Insane asylums in Bengal annual reports 1867-1875 - 1867-1875
Year: 1867
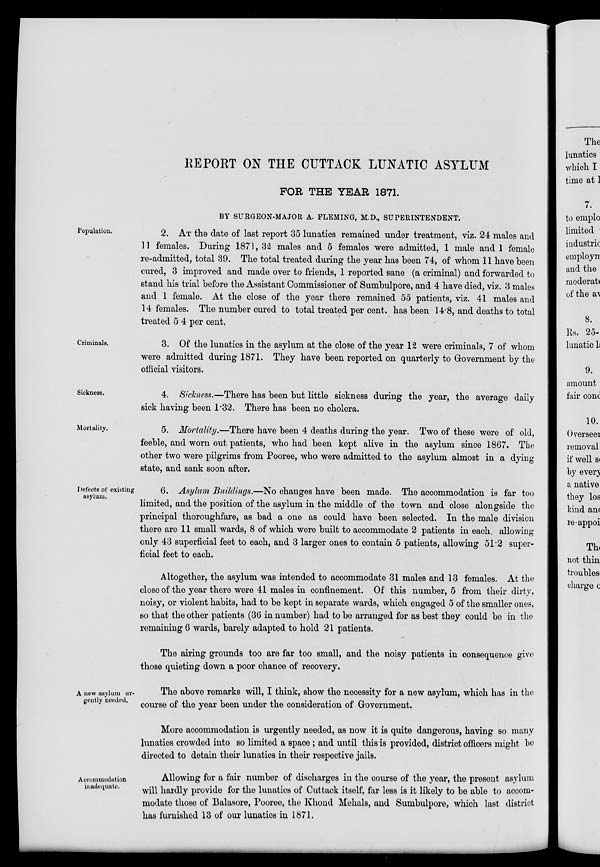
REPORT ON THE CUTTACK LUNATIC ASYLUM
FOR THE YEAR 1871.
BY SURGEON-MAJOR A. FLEMING, M.D., SUPERINTENDENT.
Population.
2. AT the date of last report 35 lunatics remained under treatment, viz. 24 males and
11 females. During 1871, 32 males and 5 females were admitted, 1 male and 1 female
re-admitted, total 39. The total treated during the year has been 74, of whom 11 have been
cured, 3 improved and made over to friends, 1 reported sane (a criminal) and forwarded to
stand his trial before the Assistant Commissioner of Sumbulpore, and 4 have died, viz. 3 males
and 1 female. At the close of the year there remained 55 patients, viz. 41 males and
14 females. The number cured to total treated per cent. has been 14.8, and deaths to total
treated 5 4 per cent.
Criminals.
3. Of the lunatics in the asylum at the close of the year 12 were criminals, 7 of whom
were admitted during 1871. They have been reported on quarterly to Government by the
official visitors.
Sickness.
4. Sickness.—There has been but little sickness during the year, the average daily
sick having been 1.32. There has been no cholera.
Mortality.
5. Mortality.—There have been 4 deaths during the year. Two of these were of old,
feeble, and worn out patients, who had been kept alive in the asylum since 1867. The
other two were pilgrims from Pooree, who were admitted to the asylum almost in a dying
state, and sank soon after.
Defects of existing
asylum.
6. Asylum Buildings.—No changes have been made. The accommodation is far too
limited, and the position of the asylum in the middle of the town and close alongside the
principal thoroughfare, as bad a one as could have been selected. In the male division
there are 11 small wards, 8 of which were built to accommodate 2 patients in each, allowing
only 43 superficial feet to each, and 3 larger ones to contain 5 patients, allowing 51.2 super-
ficial feet to each.
Altogether, the asylum was intended to accommodate 31 males and 13 females. At the
close of the year there were 41 males in confinement. Of this number, 5 from their dirty,
noisy, or violent habits, had to be kept in separate wards, which engaged 5 of the smaller ones,
so that the other patients (36 in number) had to be arranged for as best they could be in the
remaining 6 wards, barely adapted to hold 21 patients.
The airing grounds too are far too small, and the noisy patients in consequence give
those quieting down a poor chance of recovery.
A new asylum ur-
gently needed.
The above remarks will, I think, show the necessity for a new asylum, which has in the
course of the year been under the consideration of Government.
More accommodation is urgently needed, as now it is quite dangerous, having so many
lunatics crowded into so limited a space ; and until this is provided, district officers might be
directed to detain their lunatics in their respective jails.
Accommodation
inadequate.
Allowing for a fair number of discharges in the course of the year, the present asylum
will hardly provide for the lunatics of Cuttack itself, far less is it likely to be able to accom-
modate those of Balasore, Pooree, the Khond Mehals, and Sumbulpore, which last district
has furnished 13 of our lunatics in 1871.